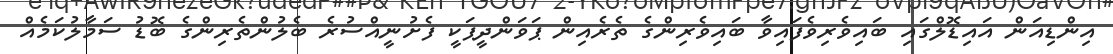
އިންޑިއަން އައިޑޮލްގައި ބައިވެރިވެފައިވާ ބައިވެރިންގެ ތެރެއިން ޕަވަންދީޕަކީ ފެށުނީއްސުރެ ބެލުންތެރިންގެ ބޮޑު ސަމާލުކަމެއް